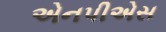
એનપીએસ